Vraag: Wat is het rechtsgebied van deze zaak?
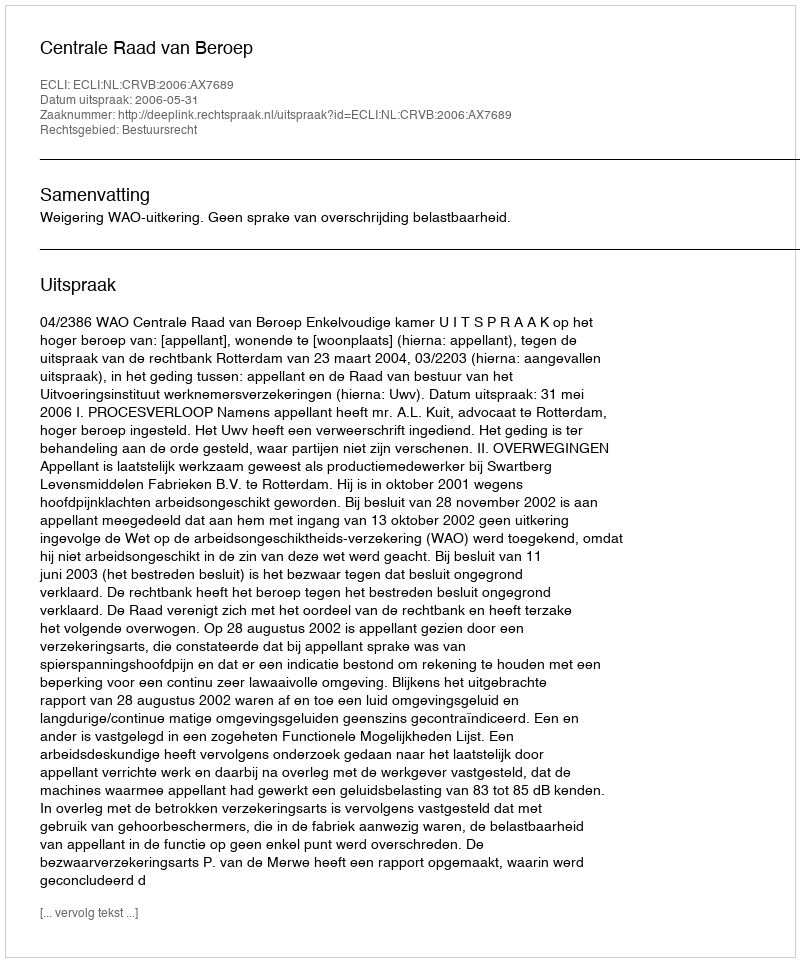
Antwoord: Bestuursrecht